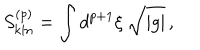
LaTeX: S _ { \mathrm { k i n } } ^ { ( p ) } = \int d ^ { p + 1 } \xi \ \sqrt { | g | } \, ,